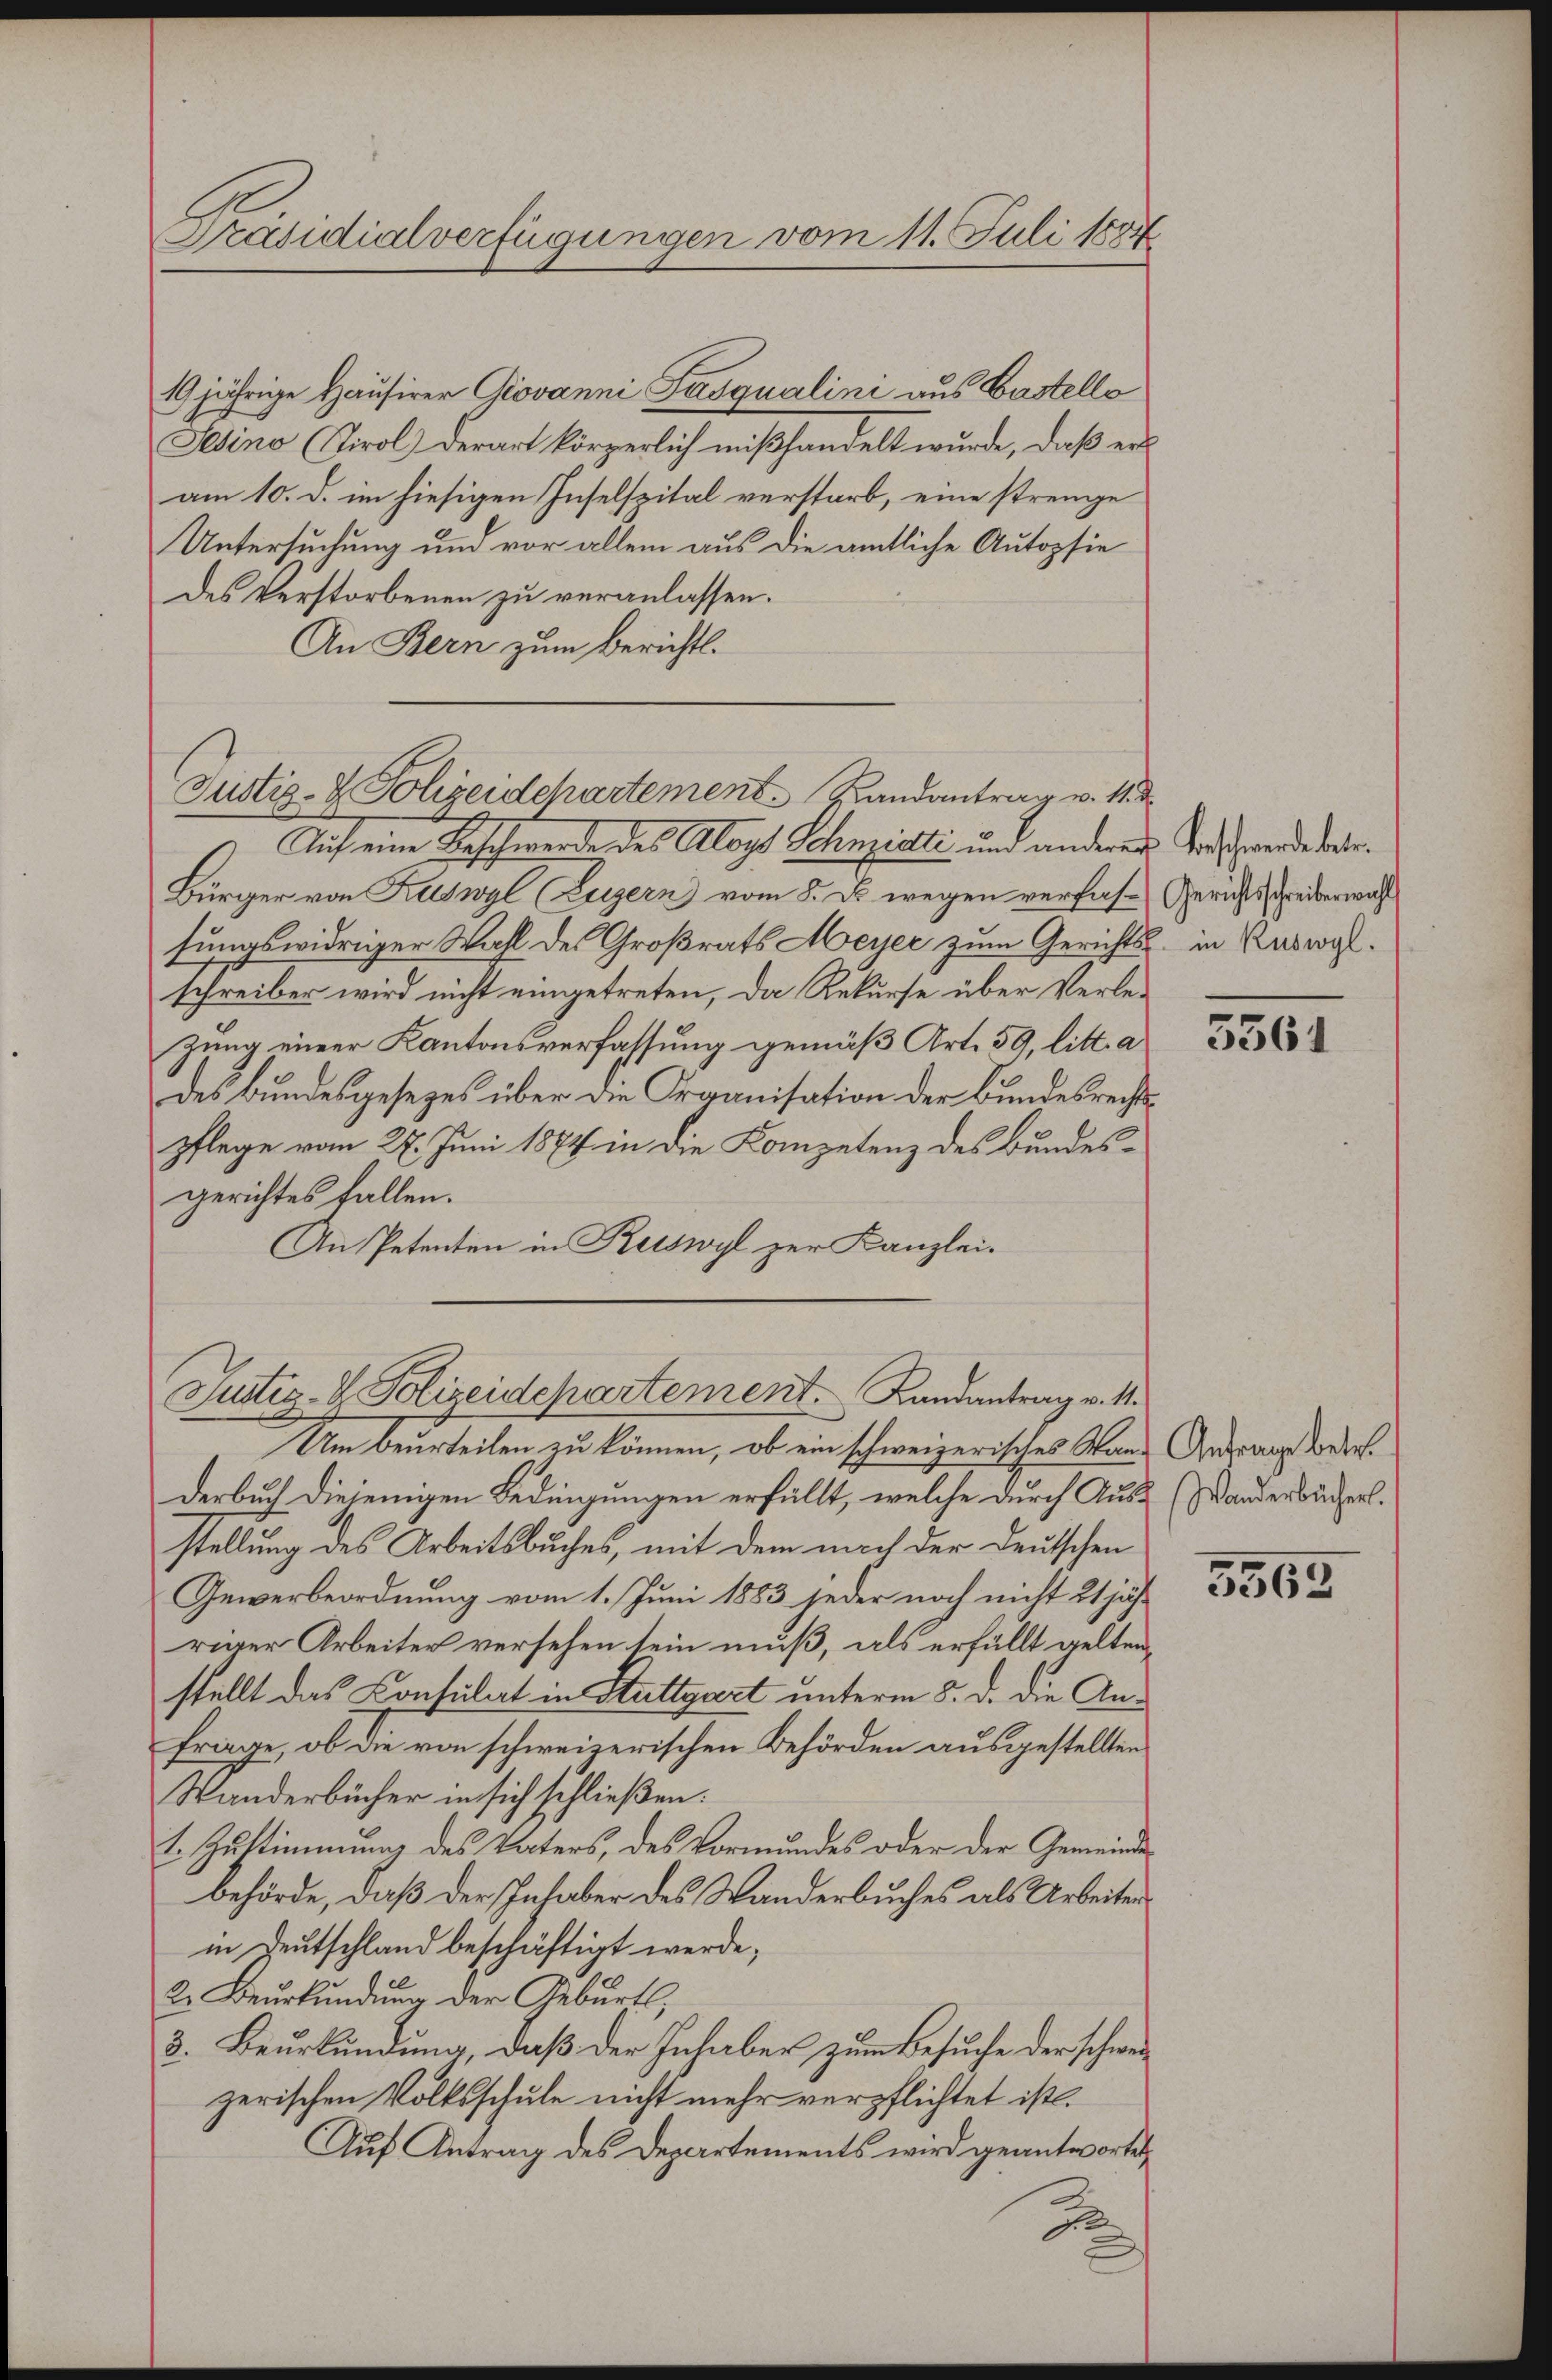
Präsidialverfügungen vom 11. Juli 1884

19 jährige Hausirer Giovanni Fasqualini aus Castello
Sesino (Tirol derart körperlich mißhandelt wurde, daß er
am 10. d. im hiesigen Inselspital verstarb, eine strenge
Untersuchung und vor allem aus die amtliche Autopsie
des Verstorbenen zu veranlassen.
An Bern zum Berichts-
) Auf eine Beschwerde des Aloys Schnziati und anderer Todschwerde dabe
Bürger von Ruswyl (Luzern vom 8. d. wegen verfas-Gerichtsschreiberwahl
sungswidriger Wahl des Großrats Meyer zum Gerichts in Ruswylschreiber wird nicht eingetreten, da Rekurse über Verlezung einer Kantonsverfassung gemäß Art. 59, litt. a
des Bundesgesezes über die Organisation der Bundesrechtspflege vom 27. Juni 1874 in die Kompetenz des Bundesgerichtes fallen.
An Petenten in Kesswyl zur Kanzlei-
Justiz- & Polizeidepartement. Landantrag v. M.
Um beurteilen zu können, ob ein schweizerisches Wars Antrag worderl
Derbuch diejenigen Bedingungen erfüllt, welche durch Aus- (Wanderbüchert.
stellung des Arbeitsbuches, mit dem nach der Deutschen
Gewerbeordnung vom 1. Juni 1883 jeder noch nicht 21 jähr
riger Arbeiter versehen sein muß, als erfüllt gelten,
stellt das Consulat in Stuttgart unterm 5. d. die Anfrage, ob die von schweizerischen Behörden ausgestellten
Wanderbücher in sich schließen.
1. Zustimmung des Vaters, des Vormundes oder der Gemeinde
behörde, daß der Inhaber des Wanderbuches als Arbeiten
in Deutschland beschäftigt werde;
2. Beurkundung der Geburt,
3. Beurkundung, daß der Inhaber zum Besuche der schweizerischen Volksschule nicht mehr verpflichtet ist.
Auf Antrag des Departements wird geantwortet,
.

Justiz- & Polizeidepartement. Landantrag v. 11. d

5361

5562